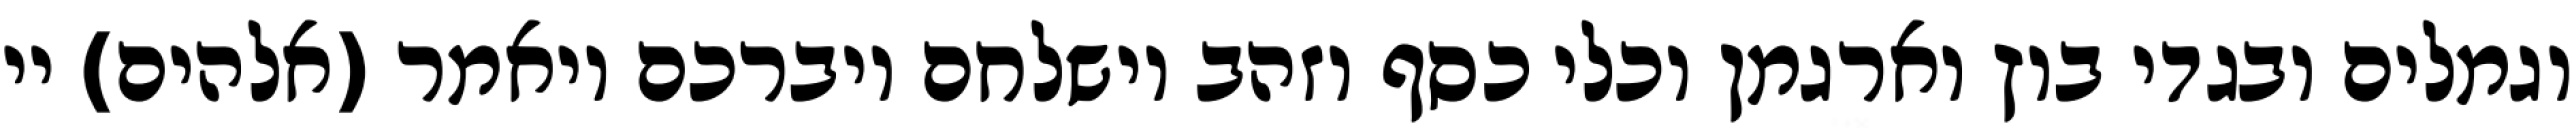
וגמלים ובגדי בוץ וארגמן וכלי כסף וזהב וישלחם ויברכם ויאמר (אלהים) יי